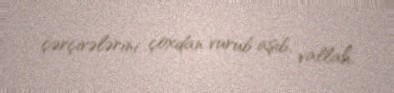
çərçivələrini çoxdan vurub aşıb, vallah.